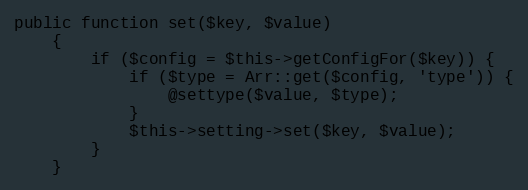
Language: PHP
public function set($key, $value)
    {
        if ($config = $this->getConfigFor($key)) {
            if ($type = Arr::get($config, 'type')) {
                @settype($value, $type);
            }
            $this->setting->set($key, $value);
        }
    }